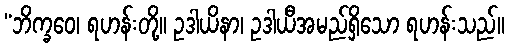
“ဘိက္ခဝေ၊ ရဟန်းတို့။ ဥဒါယိနာ၊ ဥဒါယီအမည်ရှိသော ရဟန်းသည်။